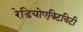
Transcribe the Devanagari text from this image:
रेडियोएक्टिविटी